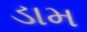
ડામ